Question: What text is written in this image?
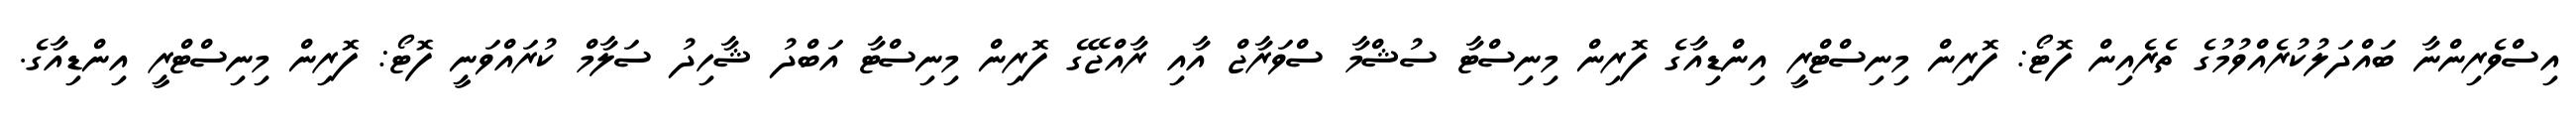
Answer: އިސްވެރިންނާ ބައްދަލުކުރެއްވުމުގެ ތެރެއިން ފޮޓޯ: ފޮރިން މިނިސްޓްރީ އިންޑިއާގެ ފޮރިން މިނިސްޓާ ސުޝްމާ ސްވަރާޖް އާއި ރާއްޖޭގެ ފޮރިން މިނިސްޓާ އަބްދު ޝާހިދު ސަލާމް ކުރައްވަނީ ފޮޓޯ: ފޮރިން މިނިސްޓްރީ އިންޑިއާގެ.